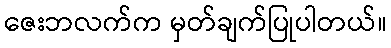
ဇေးဘလက်က မှတ်ချက်ပြုပါတယ်။